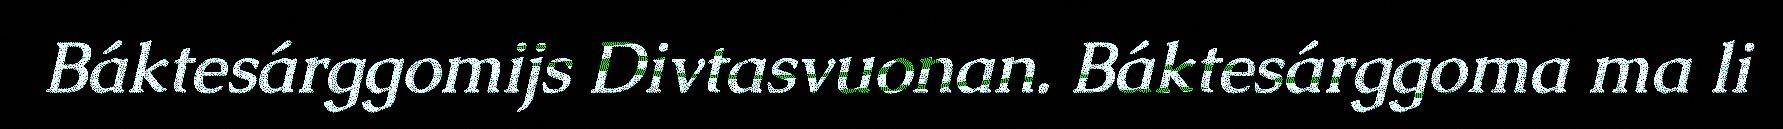
Báktesárggomijs Divtasvuonan. Báktesárggoma ma li